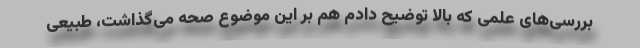
بررسی‌های علمی که بالا توضیح دادم هم بر این موضوع صحه می‌گذاشت، طبیعی